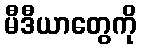
မီဒီယာတွေကို